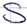
Text: S